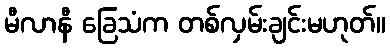
မီလာနီ ခြေသံက တစ်လှမ်းချင်းမဟုတ်။